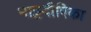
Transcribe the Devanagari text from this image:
भाट्टदीपिका